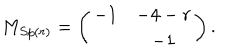
M _ { S p ( r ) } = \left( \begin{array} { c c } { { - 1 } } & { { - 4 - r } } \\ { { } } & { { - 1 } } \\ \end{array} \right) .